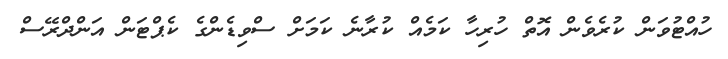
ހުއްޓުވަން ކުރެވެން އޮތް ހުރިހާ ކަމެއް ކުރާނެ ކަމަށް ސްވިޑެންގެ ކެޕްޓަން އަންދްރޭސް